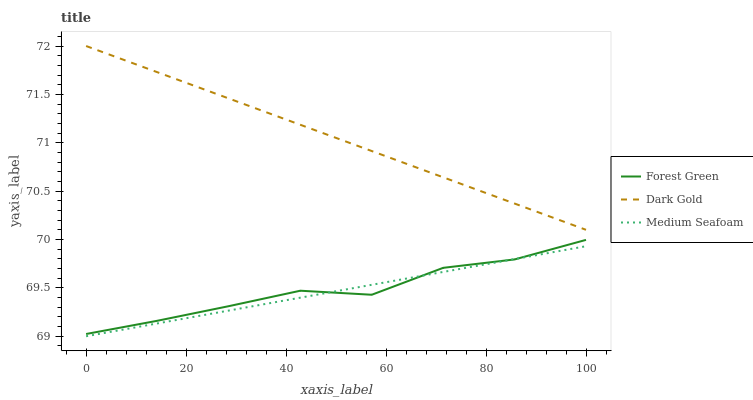
| xaxis_label | Forest Green | Dark Gold | Medium Seafoam |
 | --- | --- | --- | --- |
 | 0 | 69 | 72 | 69 |
 | 14.3 | 69.2 | 71.7 | 69.1 |
 | 28.6 | 69.3 | 71.5 | 69.3 |
 | 42.9 | 69.5 | 71.2 | 69.4 |
 | 57.1 | 69.4 | 70.9 | 69.5 |
 | 71.4 | 69.7 | 70.6 | 69.7 |
 | 85.7 | 69.8 | 70.4 | 69.8 |
 | 100 | 70 | 70.1 | 69.9 |